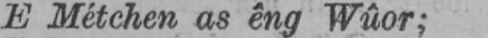
E Métchen as êng Wûor;